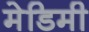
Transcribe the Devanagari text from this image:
मेडिमी